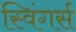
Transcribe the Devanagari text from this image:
स्विंगर्स